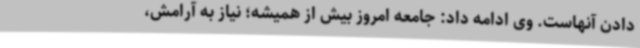
دادن آنهاست. وی ادامه داد: جامعه امروز بیش از همیشه؛ نیاز به آرامش،